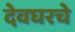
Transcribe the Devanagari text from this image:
देवघरचे